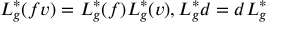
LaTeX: L _ { g } ^ { \ast } ( f v ) = L _ { g } ^ { \ast } ( f ) L _ { g } ^ { \ast } ( v ) , L _ { g } ^ { \ast } d = d L _ { g } ^ { \ast }